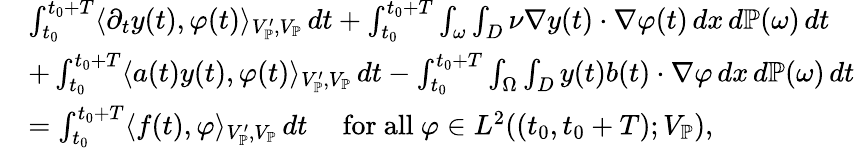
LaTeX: \begin{array}{rl}&{\int_{t_{0}}^{t_{0}+T}\langle\partial_{t}y(t),\varphi(t)\rangle_{V_{\mathbb{P}}^{\prime},V_{\mathbb{P}}}\, dt+\int_{t_{0}}^{t_{0}+T}\int_{\omega}\int_{D}\nu\nabla y(t)\cdot\nabla\varphi(t)\, dx\, d\mathbb{P}(\omega)\, dt}\\ &{+\int_{t_{0}}^{t_{0}+T}\langle a(t)y(t),\varphi(t)\rangle_{V_{\mathbb{P}}^{\prime},V_{\mathbb{P}}}\, dt-\int_{t_{0}}^{t_{0}+T}\int_{\Omega}\int_{D}y(t)b(t)\cdot\nabla\varphi\, dx\, d\mathbb{P}(\omega)\, dt}\\ &{=\int_{t_{0}}^{t_{0}+T}\langle f(t),\varphi\rangle_{V_{\mathbb{P}}^{\prime},V_{\mathbb{P}}}\, dt\quad\mathrm{~for~all~}\varphi\in L^{2}((t_{0},t_{0}+T);V_{\mathbb{P}}),}\end{array}